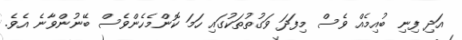
އަދި ފިނި ބުއިމެއް ވެސް މިފަދަ ވަގުތުތަކުގައި ހަމަ ކޮންމެހެންވެސް ބޭނުންވާނެ އެވެ.